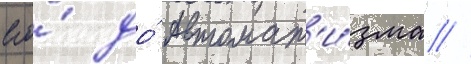
его́ до́ автомат'и́зма //